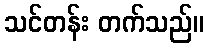
သင်တန်း တက်သည်။